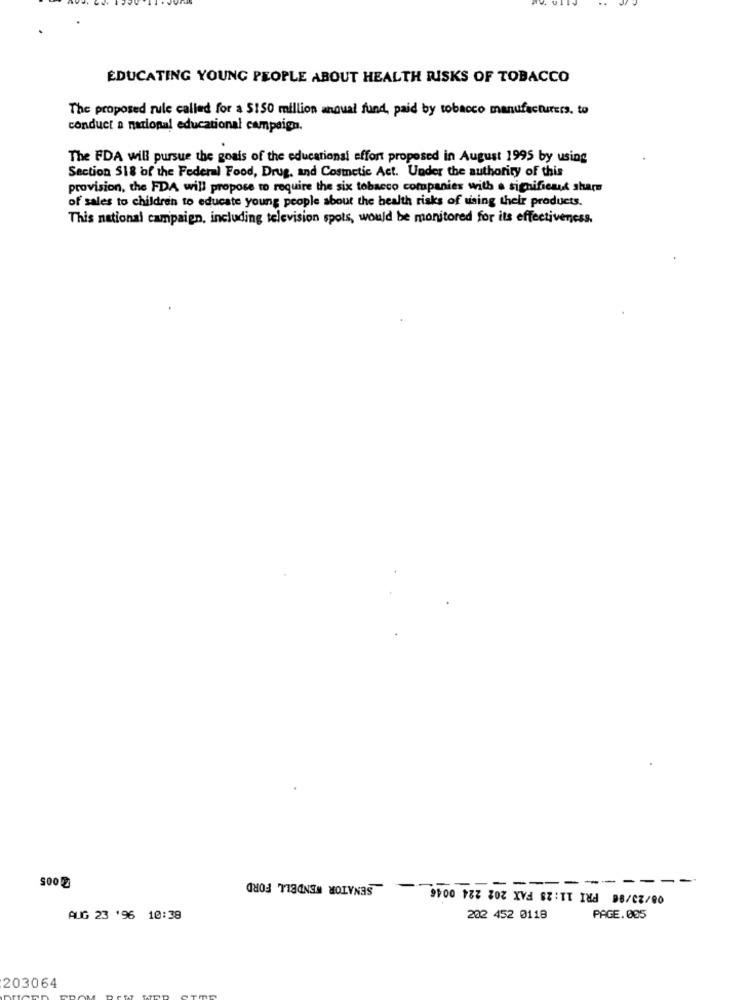
EDUCATING YOUNG PEOPLE ABOUT HEALTH RISKS OF TOBACCO
The proposed rule called for a $150 million anoual fund, paid by tobacco manufacturers, to
conduct a national educational campaign.
The FDA will pursue the goals of the educationsi effort proposed in August 1995 by using
Section 518 of the Federal Food, Drug, and Cosmetic Act. Under the authority of this
provision, the FDA will propose to require the six tobacco companies with a significant share
of sales to children to educate young people about the health risks of using their products.
This national campaign, including television spots, would be monitored for its effectiveness.
===-------
08/23/96 FRI 11:28 FAX 202 224 0046
-
1803 TIENEN MOLYNAS
-
AUG 23 '96 10:38
202 452 0118
PAGE.005
203064